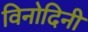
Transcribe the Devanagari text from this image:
विनोदिनी